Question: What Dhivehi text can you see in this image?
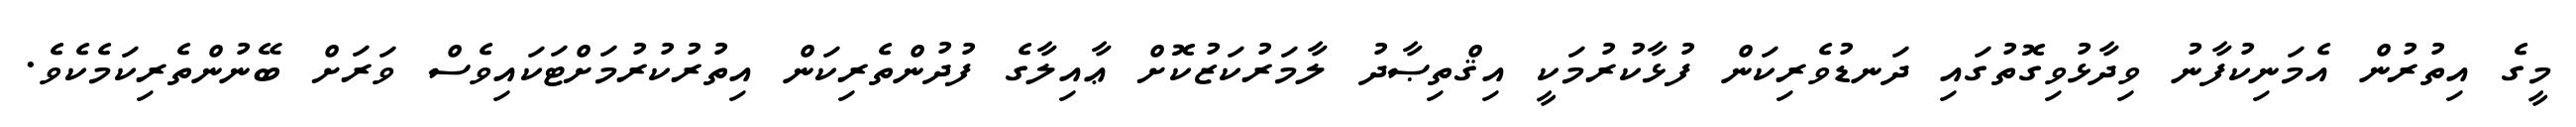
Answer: މީގެ އިތުރުން އެމަނިކުފާނު ވިދާޅުވިގޮތުގައި ދަނޑުވެރިކަން ފުޅާކުރުމަކީ އިޤްތިޞާދު ލާމަރުކަޒުކޮށް ޢާއިލާގެ ފުދުންތެރިކަން އިތުރުކުރުމަށްޓަކައިވެސް ވަރަށް ބޭނުންތެރިކަމެކެވެ.